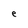
Character: e